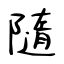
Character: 隨